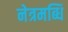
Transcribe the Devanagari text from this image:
नेत्रमब्धिं